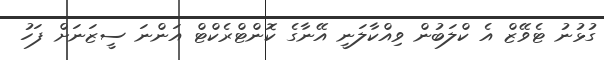
ގުޅުނު ޓެވޭޒް އެ ކްލަބުން ވިއްކާލަނީ އޭނާގެ ކޮންޓްރެކްޓް އަންނަ ސީޒަނަށް ފަހު